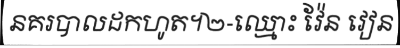
នគរបាលដកហូត។២-ឈ្មោះ វ៉ែន វៀន